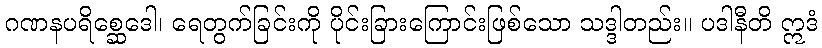
ဂဏနပရိစ္ဆေဒေါ၊ ရေတွက်ခြင်းကို ပိုင်းခြားကြောင်းဖြစ်သော သဒ္ဒါတည်း။ ပဒါနီတိ ဣဒံ